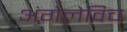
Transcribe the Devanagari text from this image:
अंगेलेविच